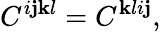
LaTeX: C^{i\mathbf{j}\mathbf{k}l}=C^{\mathbf{k}li\mathbf{j}},